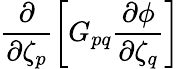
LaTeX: \frac{\partial}{\partial\zeta_{p}}\left[G_{pq}\frac{\partial\phi}{\partial\zeta_{q}}\right]